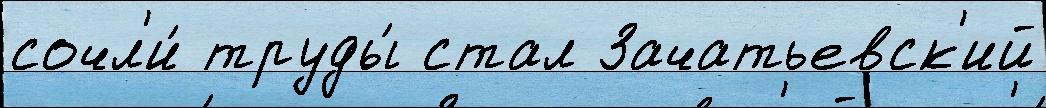
сочл'и́ труды́ стал Зачатьевск'ий